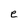
Character: e